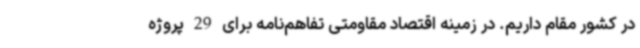
در کشور مقام داریم. در زمینه اقتصاد مقاومتی تفاهم‌نامه برای 29 پروژه